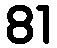
81